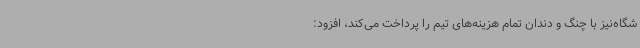
شگاه‌نیز با چنگ و دندان تمام هزینه‌های تیم را پرداخت می‌کند، افزود: